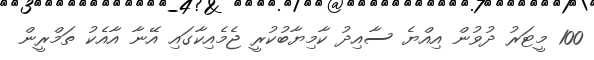
100 މީޓަރު ދުވުން އިއްޔެ ސާއިދު ކާމިޔާބުކުރީ ޖެމެއިކާގައި އޭނާ އާއެކު ތަމްރީން